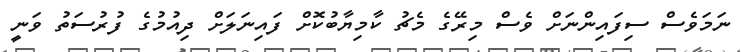
ނަމަވެސް ސިފައިންނަށް ވެސް މިރޭގެ މެޗު ކާމިޔާބުކޮށް ފައިނަލަށް ދިއުމުގެ ފުރުސަތު ވަނީ